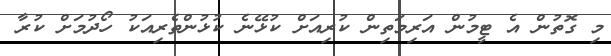
މި ގޮތުން އެ ޓީމުން އަރިމަތިން ކުރިއަށް ކުޅޭނެ ކުޅުންތެރިއަކު ހޯދުމަށް ކުރާ